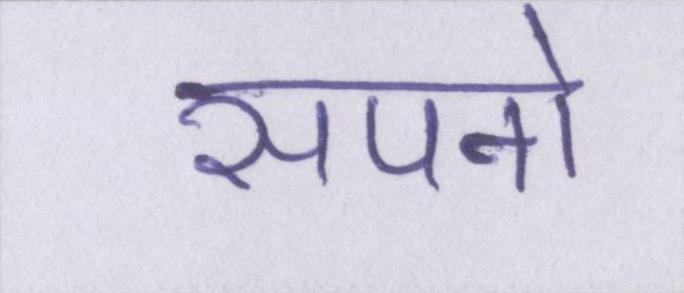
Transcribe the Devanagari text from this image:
सपनो